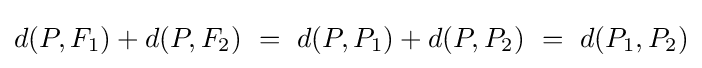
d(P,F_{1})+d(P,F_{2})\ =\ d(P,P_{1})+d(P,P_{2})\ =\ d(P_{1},P_{2})